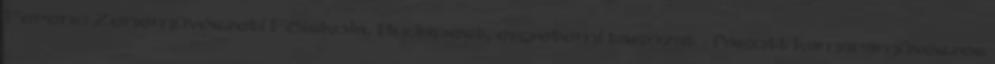
Ferenc Zenemûvészeti Fõiskola, Budapest, egyetemi tagozat - fagott kamaramûvészés